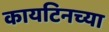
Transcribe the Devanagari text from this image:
कायटिनच्या